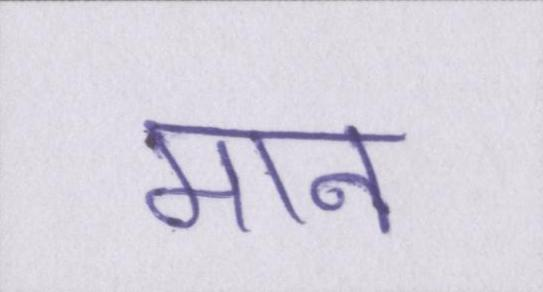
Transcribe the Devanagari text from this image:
मान